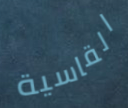
القاسية